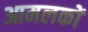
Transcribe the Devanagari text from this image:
आमलकों